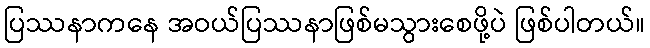
ပြဿနာကနေ အဝယ်ပြဿနာဖြစ်မသွားစေဖို့ပဲ ဖြစ်ပါတယ်။